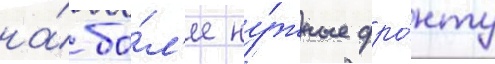
на́ бо́л'ее ну́жные фро́нту